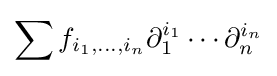
\sum f_{i_{1},\dots ,i_{n}}\partial _{1}^{i_{1}}\cdots \partial _{n}^{i_{n}}